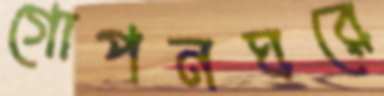
গোপনঘরে